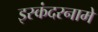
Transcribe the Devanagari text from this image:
इस्कंदरनामे